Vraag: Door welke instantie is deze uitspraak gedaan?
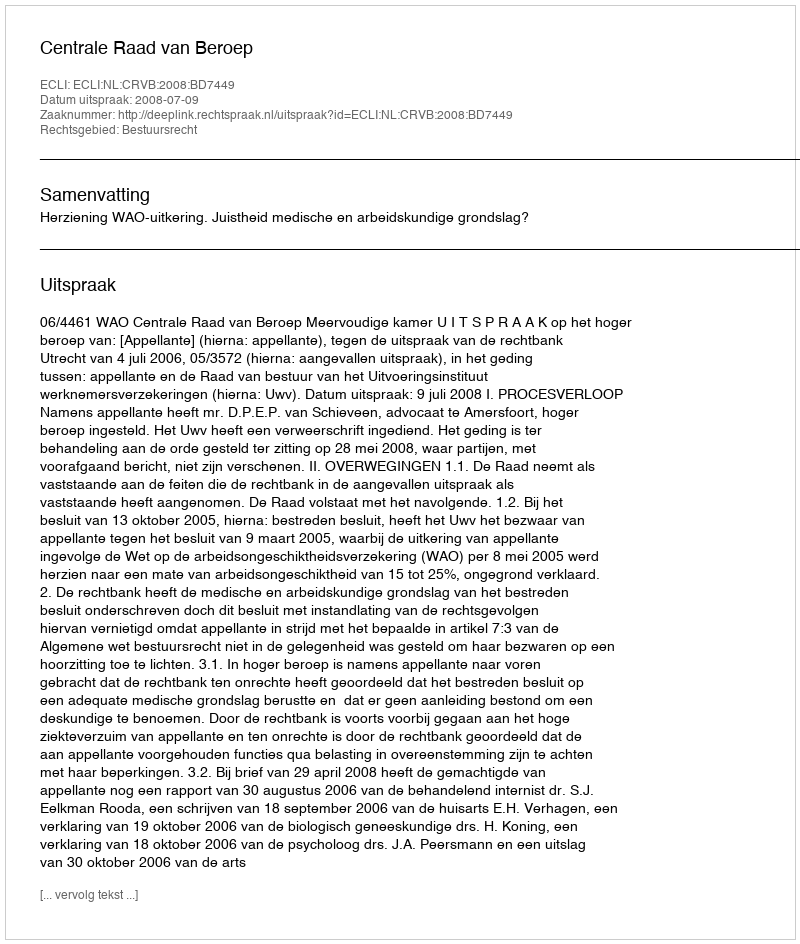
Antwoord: Centrale Raad van Beroep